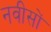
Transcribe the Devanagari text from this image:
नवीसों